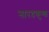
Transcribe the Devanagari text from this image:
नारदकुण्ड